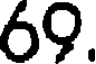
69.